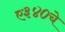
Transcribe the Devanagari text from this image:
ए३४०चे